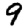
Digit: 9